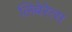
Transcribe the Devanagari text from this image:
लिबेरेत्स